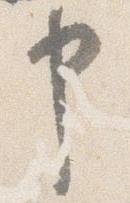
申